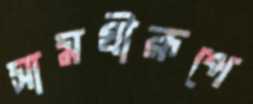
সামগ্রীরূপে